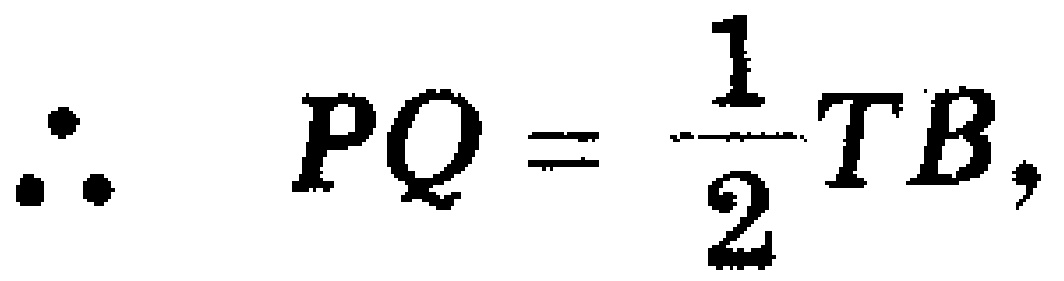
\(\therefore PQ = \frac{1}{2}TB,\)